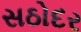
સઠોદર